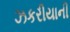
ઝકરીયાની